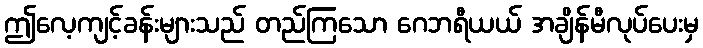
ဤလေ့ကျင့်ခန်းများသည် တည်ကြသော ဂေဘရီယယ် အချိန်မီလုပ်ပေးမှ